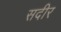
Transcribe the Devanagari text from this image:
सदीर